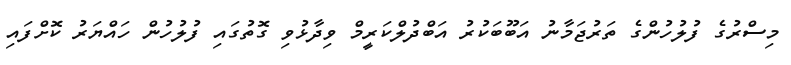
މިސްރުގެ ފުލުހުންގެ ތަރުޖަމާނު އަބޫބަކުރު އަބްދުލްކަރީމް ވިދާޅުވި ގޮތުގައި ފުލުހުން ހައްޔަރު ކޮށްފައި